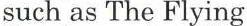
such as The Flying